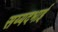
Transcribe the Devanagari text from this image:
सय्यदभाई